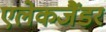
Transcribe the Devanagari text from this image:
एलेकजैंडर